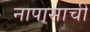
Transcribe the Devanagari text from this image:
नापासाची